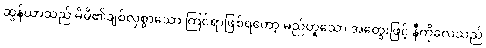
ဆွန်ယာသည် မိမိ၏ချစ်လှစွာသော ကြင်ရာဖြစ်ရတော့ မည်ဟူသော အတွေးဖြင့် နီကိုလေသည်